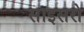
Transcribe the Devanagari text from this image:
साइसरो